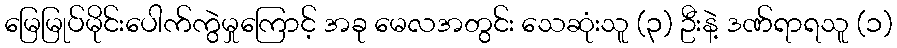
မြေမြုပ်မိုင်းပေါက်ကွဲမှုကြောင့် အခု မေလအတွင်း သေဆုံးသူ (၃) ဦးနဲ့ ဒဏ်ရာရသူ (၁)